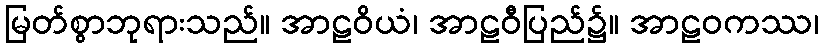
မြတ်စွာဘုရားသည်။ အာဠဝိယံ၊ အာဠဝီပြည်၌။ အာဠဝကဿ၊